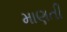
માણતી